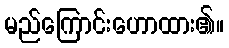
မည်ကြောင်းဟောထား၏။